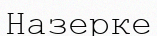
Назерке